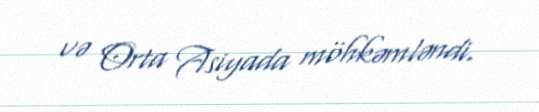
və Orta Asiyada möhkəmləndi.